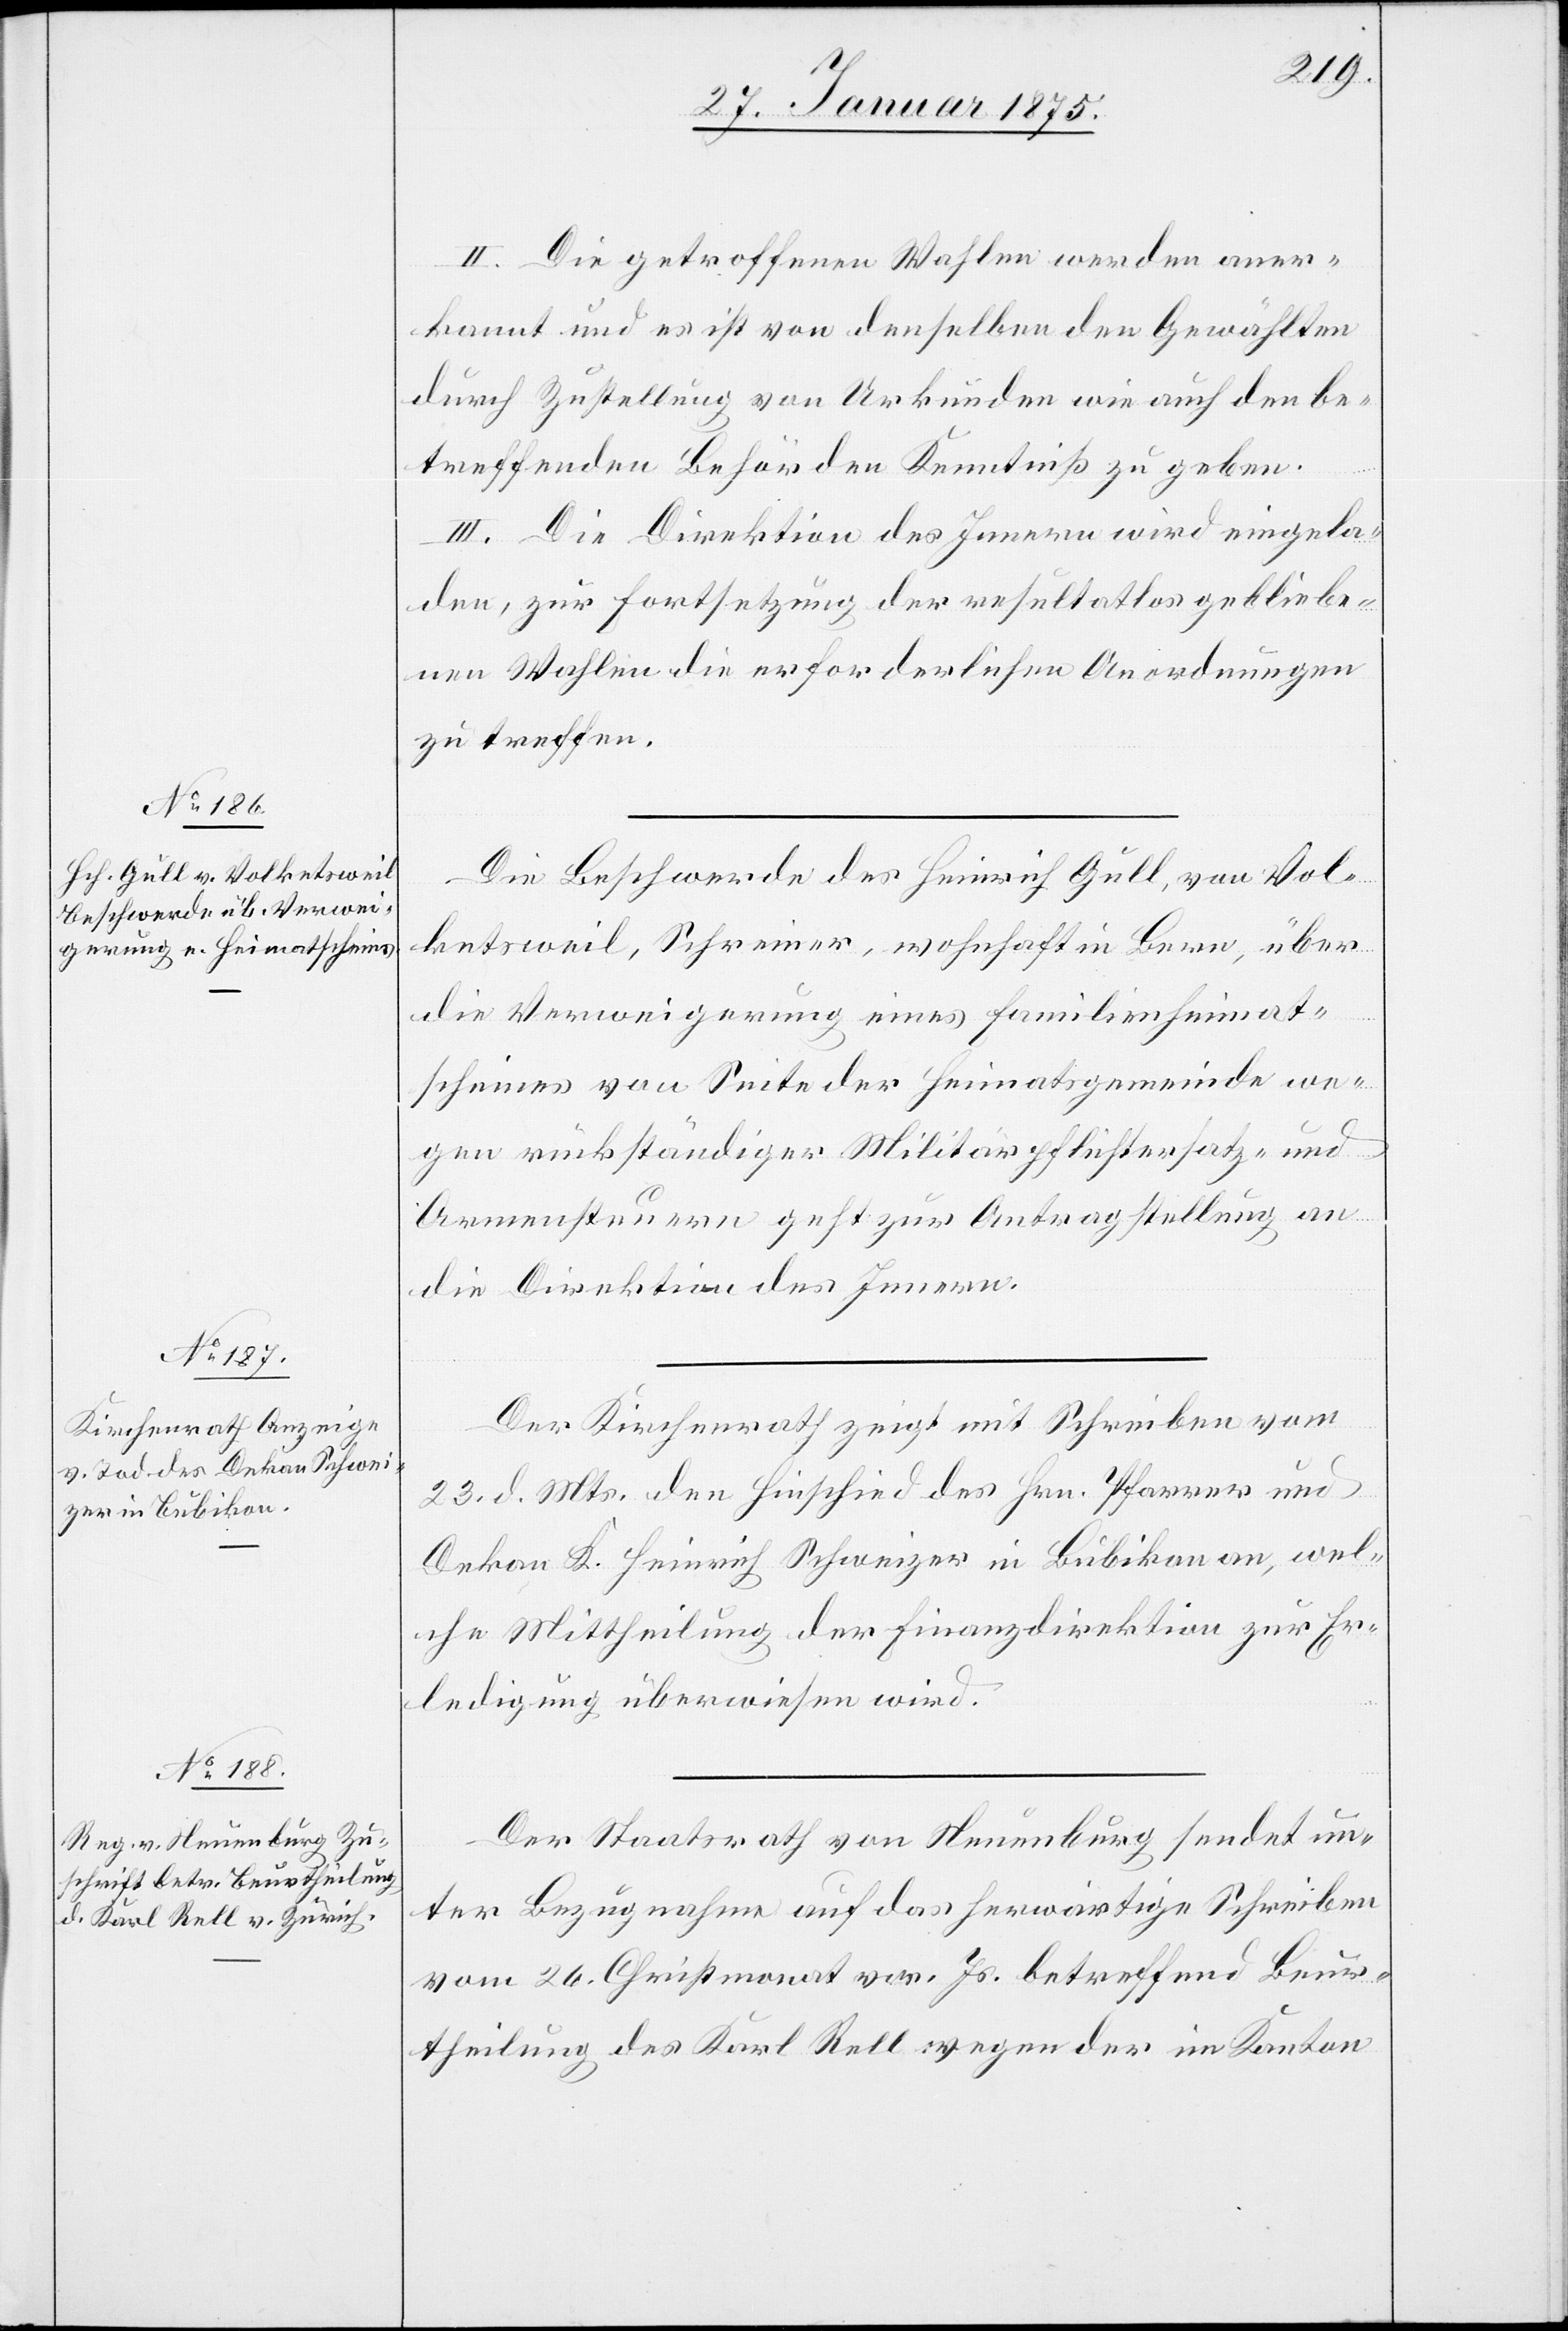
27. Januar 1875.]
II. Die getroffenen Wahlen werden aner¬
kannt und es ist von denselben den Gewählten
durch Zustellung von Urkunden wie auch den be¬
treffenden Behörden Kenntniß zu geben.
III. Die Direktion des Innern wird eingela¬
den, zur Fortsetzung der resultatlos gebliebe¬
nen Wahlen die erforderlichen Anordnungen
zu treffen.
Die Beschwerde des Heinrich Gull, von Vol¬
ketsweil, Schreiner, wohnhaft in Bern, über
die Verweigerung eines Familienheimat¬
scheines von Seite der Heimatsgemeinde we¬
gen rückständiger Militärpflichtersatz- und
Armensteuern geht zur Antragstellung an
die Direktion des Innern.
Der Kirchenrath zeigt mit Schreiben vom
23. d. Mts. den Hinschied des Hrn. Pfarrer und
Dekan K. Heinrich Schweizer in Bubikon an, wel¬
che Mittheilung der Finanzdirektion zur Er¬
ledigung überwiesen wird.
Der Staatsrath von Neuenburg sendet un¬
ter Bezugnahme auf das herwärtige Schreiben
vom 26. Christmonat vor. Js. betreffend Beur¬
theilung des Karl Rell wegen der im Kanton